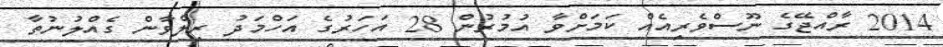
2014 ރާއްޖޭގެ ނޫސްވެރިއެއް ކަމަށްވާ އުމުރުން 28 އަހަރުގެ އަހްމަދު ރިލްވާން ގެއްލުނުތާ